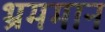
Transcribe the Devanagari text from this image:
भ्रममान